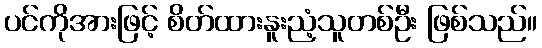
ပင်ကိုအားဖြင့် စိတ်ထားနူးညံ့သူတစ်ဦး ဖြစ်သည်။